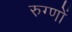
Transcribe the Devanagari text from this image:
रुग्णों